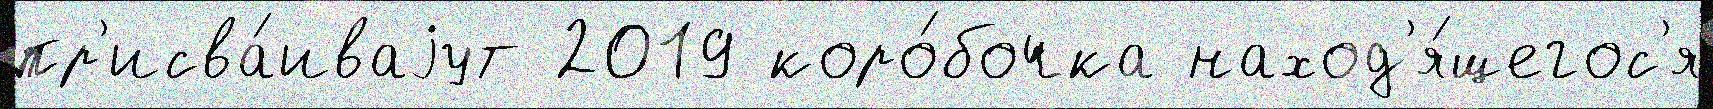
пр'исва́иваjут 2019 коро́бочка наход'я́щегос'я